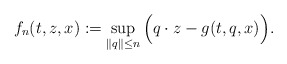
\begin{align*}f_n(t,z,x):=\sup_{ \|q\|\le n}\Big(q \cdot z - g(t,q,x) \Big).\end{align*}